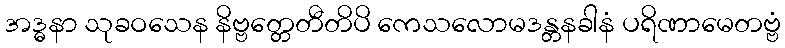
အဒ္ဓနာ သုခဝသေန နိဗ္ဗတ္တေတီတိပိ ကေသလောမဒန္တနခါနံ ပရိဏာမေတဗ္ဗံ